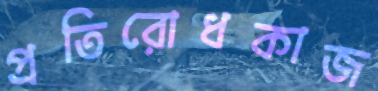
প্রতিরোধকাজ